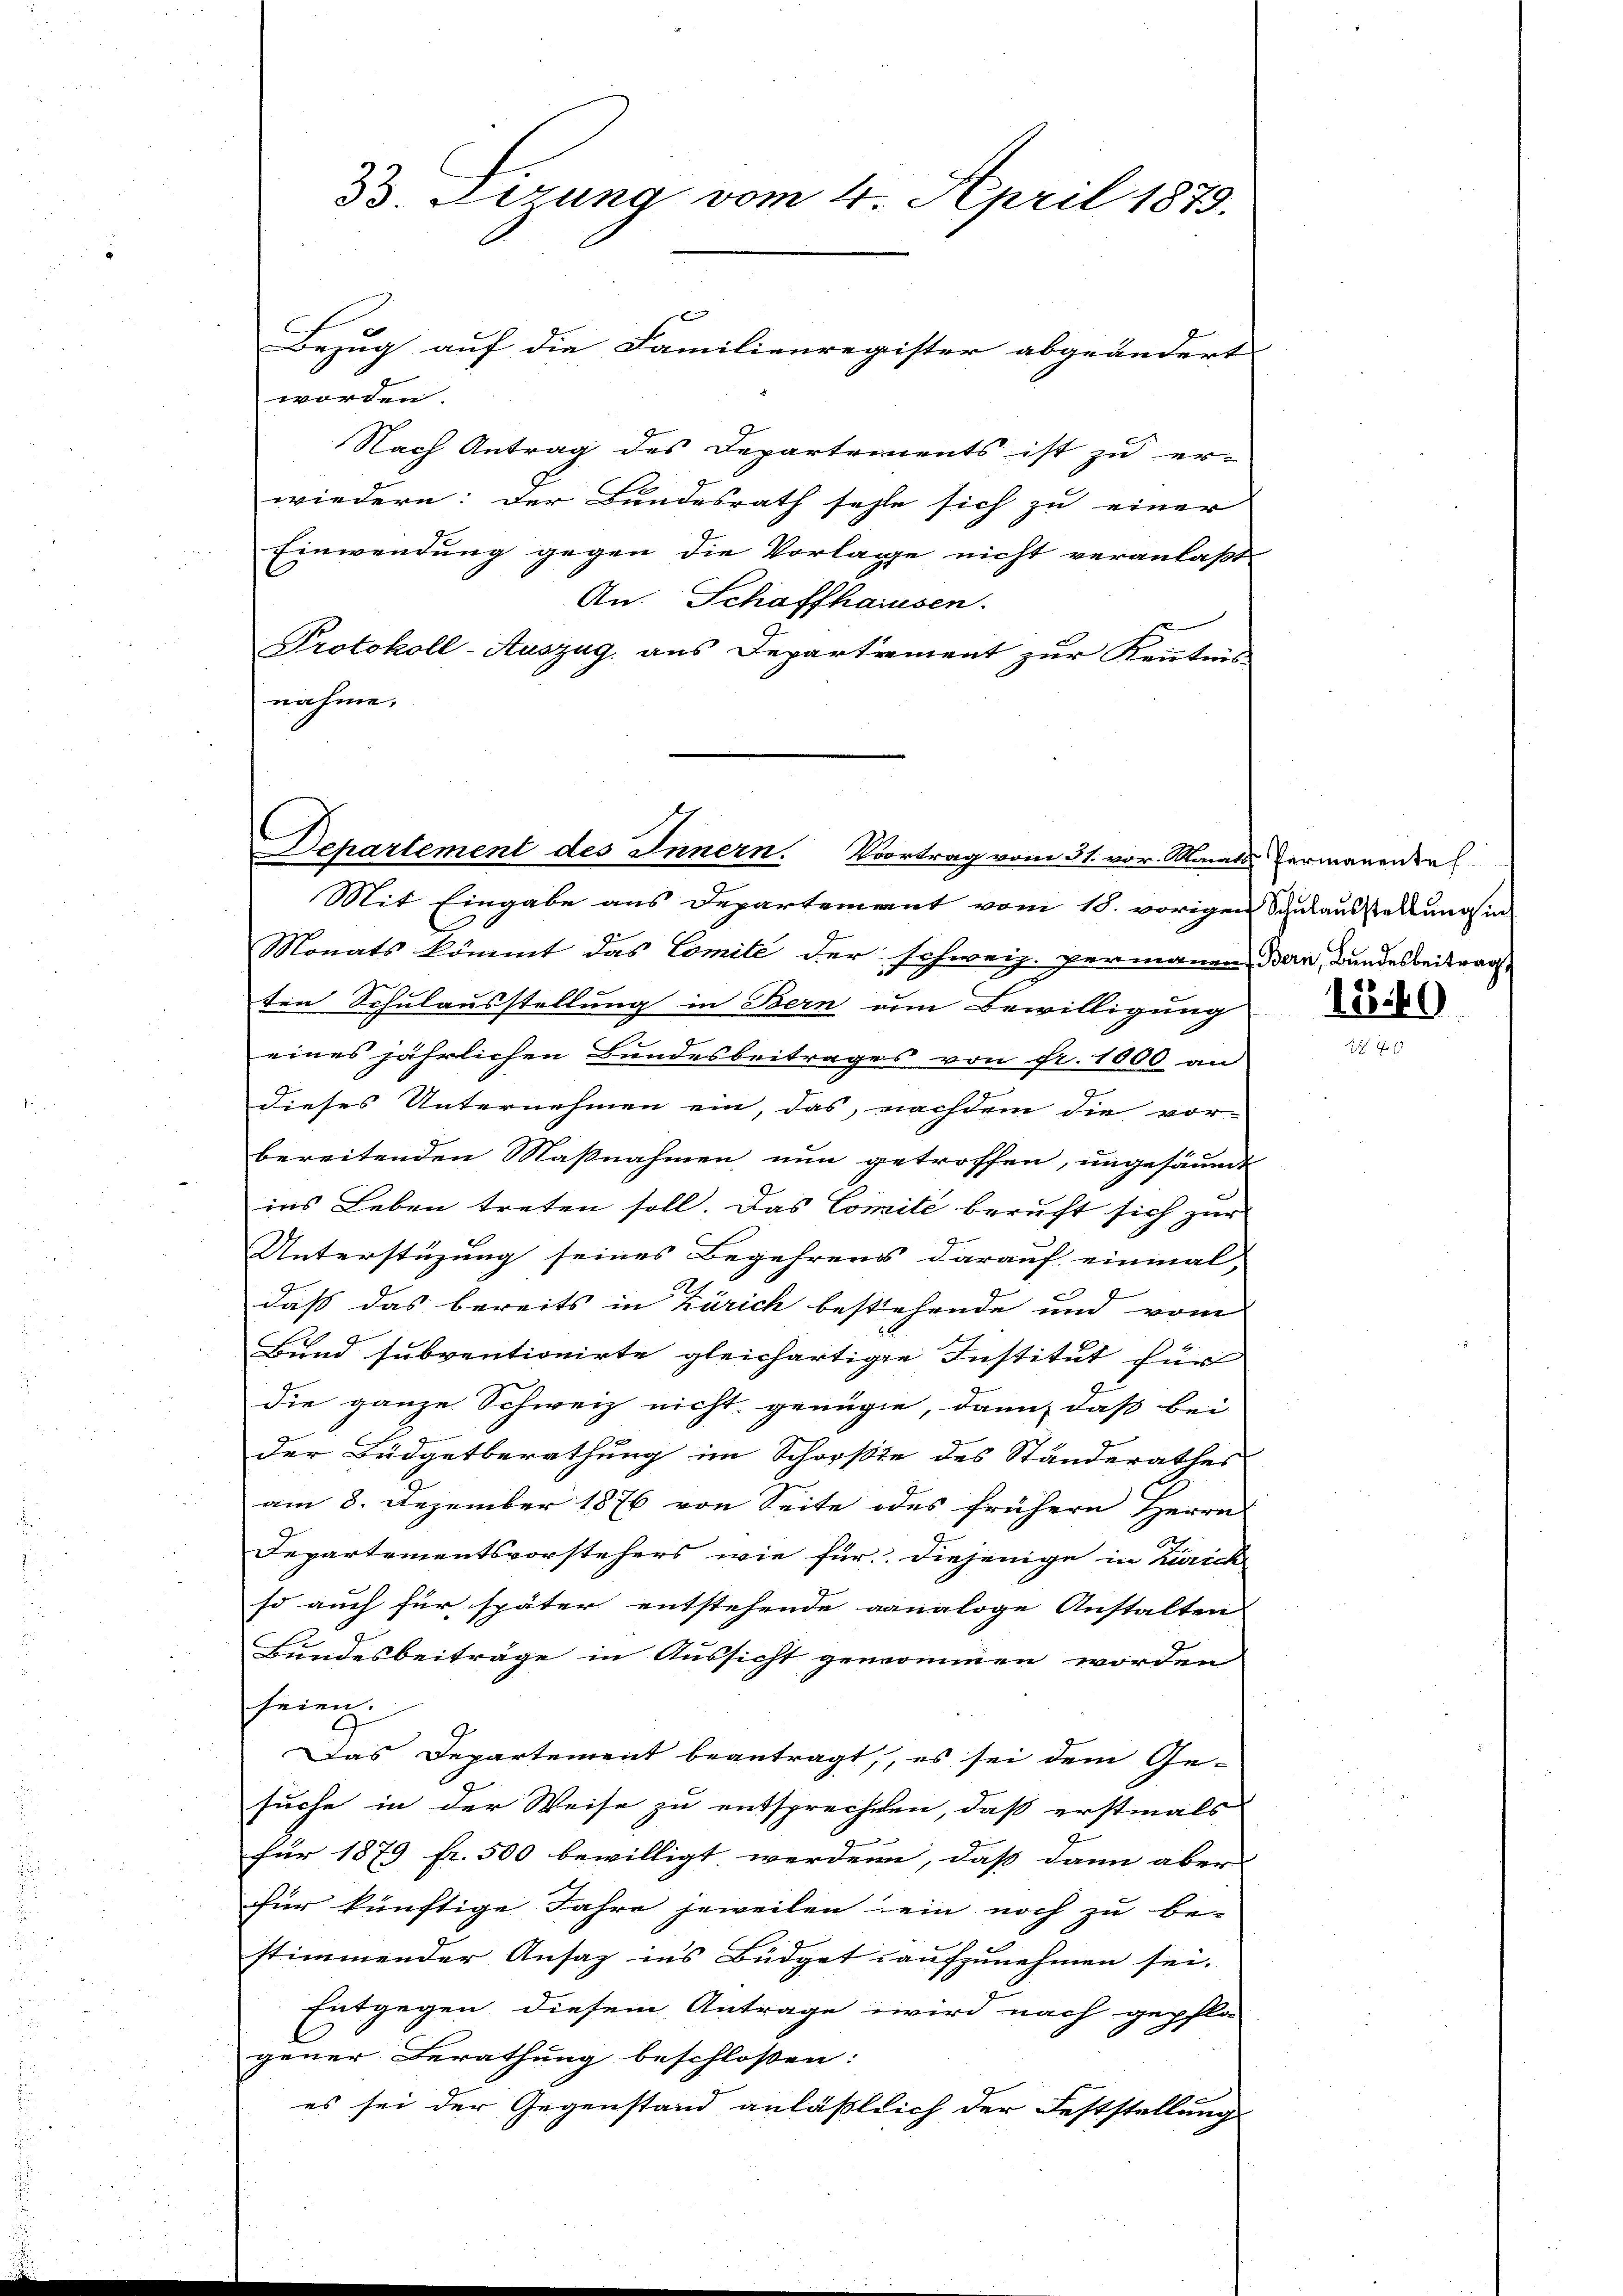
Werung vom 4. April 1879.

Bezug auf die Familienregister abgeändert
worden.
Nach Antrag des Departements ist zu er-
wiedern: der Bundesrath sehe sich zu einer
Einwendung gegen die Vorlage nicht veranlaßt
An. Schaffhausen.
Protokoll-Auszug aus Departement zur Kenntnis
nahme.

Departement des Innern. Vortrag vom 31. vor. Monats ermanenzel

Mit Eingabe aus Departement vom 18. vorigen Schulausstellung in
Monats kömmt das Comité der schweiz. permanen Ban, Bundesbeitrag
ten Schulausstellung in Bern um Bewilligung
eines jährlichen Bundesbeitrages von Fr. 1000 an
dieses Unternehmen ein, das, nachdem die vor-
bereitenden Maßnahmen nun getroffen, ungesäumt
ins Leben treten soll. Das Comité beruft sich zur
Unterstüzung seines Begehrens darauf einmal,
daß das bereits in Zürich bestehende und vom
Bund subventionirte gleichartige Institut für
die ganze Schweiz nicht genüge, dann, daß bei
der Büdgetberathung im Schorste des Standerathes
am 8. Dezember 1876 von Seite des frühern Herrn
Departementsvorstehers wie für diejenige in Zürich
so auch für später entstehende ganaloge Anstalten
Bundesbeiträge in Aussicht genommen worden
seien.
Das Departement beantragt, es sei dem Ge-
suche in der Weise zu entsprechten, daß erstmals
für 1879 fr. 500 bewilligt werden, dass dann aber
für künftige Jahre jeweilen ein noch zu be-
stimmender Ansaz ins Büdget aufzunehmen sei.
Entgegen diesem Antrage wird nach gepfla
gener Berathung beschlossen:
es sei der Gegenstand anläßlich der Feststellung

15.40